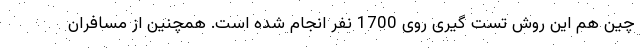
چین هم این روش تست گیری روی 1700 نفر انجام شده است. همچنین از مسافران